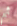
ثم